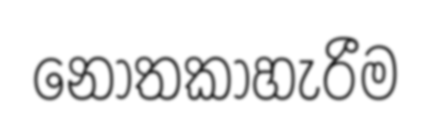
නොතකාහැරීම